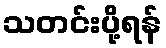
သတင်းပို့ရန်